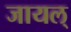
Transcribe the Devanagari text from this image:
जायल्